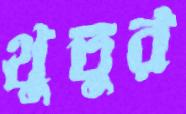
থুতুর